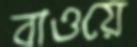
বাওয়ে